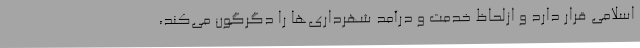
اسلامی قرار دارد و ازلحاظ خدمت و درآمد شهرداری‌ها را دگرگون می‌کند،